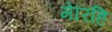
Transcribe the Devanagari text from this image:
मेरिहि